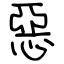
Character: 惡